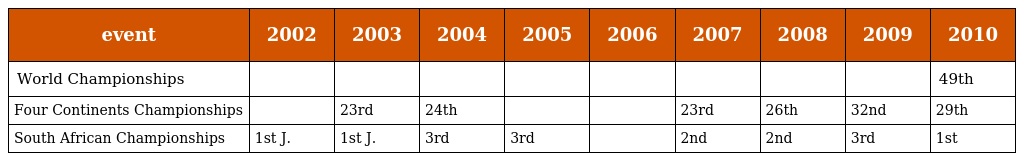
| event | 2002 | 2003 | 2004 | 2005 | 2006 | 2007 | 2008 | 2009 | 2010 |
 | --- | --- | --- | --- | --- | --- | --- | --- | --- | --- |
 | World Championships |  |  |  |  |  |  |  |  | 49th |
 | Four Continents Championships |  | 23rd | 24th |  |  | 23rd | 26th | 32nd | 29th |
 | South African Championships | 1st J. | 1st J. | 3rd | 3rd |  | 2nd | 2nd | 3rd | 1st |